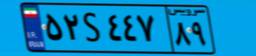
۸۶S۷۴۳۶۷